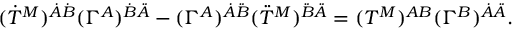
( \dot { T } ^ { M } ) ^ { \dot { A } \dot { B } } ( \Gamma ^ { A } ) ^ { \dot { B } \ddot { A } } - ( \Gamma ^ { A } ) ^ { \dot { A } \ddot { B } } ( \ddot { T } ^ { M } ) ^ { \ddot { B } \ddot { A } } = ( T ^ { M } ) ^ { A B } ( \Gamma ^ { B } ) ^ { \dot { A } \ddot { A } } .